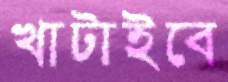
খাটাইবে